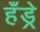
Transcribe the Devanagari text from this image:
हँड्रे